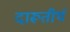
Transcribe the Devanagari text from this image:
दारूतीर्थ